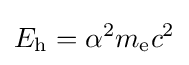
E_{\text{h}}=\alpha ^{2}m_{\text{e}}c^{2}